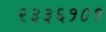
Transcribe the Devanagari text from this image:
२३३६१०१